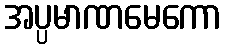
အပ္ပမာဏမေကော